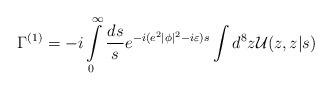
LaTeX: \begin{align*}\Gamma^{(1)}=-i\int\limits_0^\infty\frac{ds}{s}e^{-i(e^2|\phi|^2-i\varepsilon)s}\int d^8z {\cal U}(z,z|s)\end{align*}